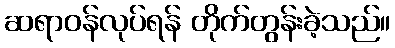
ဆရာဝန်လုပ်ရန် တိုက်တွန်းခဲ့သည်။